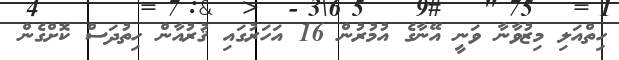
ހިތްއަލި މިޒުވާނާ ވަނީ އޭނާގެ އުމުރުން 16 އަހަރުގައި ޤުރުއާން ހިތުދަސް ކޮށްގެން